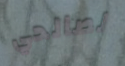
لصالحي